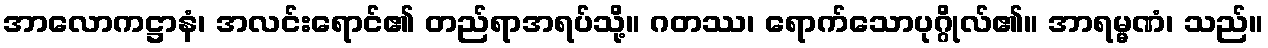
အာလောကဋ္ဌာနံ၊ အလင်းရောင်၏ တည်ရာအရပ်သို့။ ဂတဿ၊ ရောက်သောပုဂ္ဂိုလ်၏။ အာရမ္မဏံ၊ သည်။